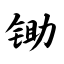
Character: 锄